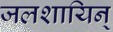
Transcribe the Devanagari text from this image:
जलशायिन्